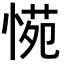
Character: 𭝪